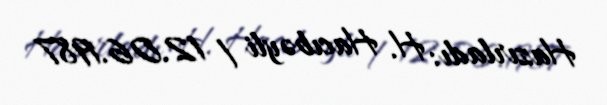
Hazırladı: H. Hacıbəyli / 12.06.1987